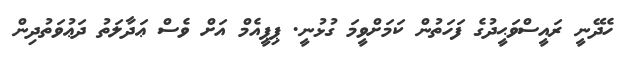
ހެދޭނީ ރައީސްވަޙީދުގެ ފަހަތުން ކަމަށްވީމަ ގުޅުނީ. ޕިޕީއެމް އަށް ވެސް ޢަދާލަތު ދަޢުވަތުދިން